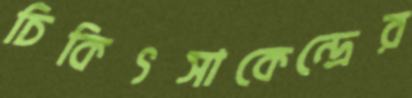
চিকিৎসাকেন্দ্রের